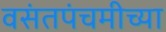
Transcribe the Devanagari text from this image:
वसंतपंचमीच्या